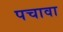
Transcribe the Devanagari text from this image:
पचावा